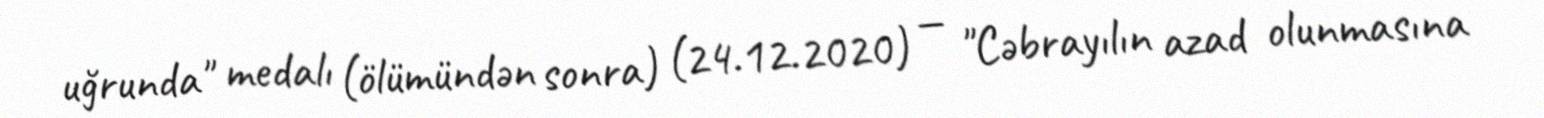
uğrunda" medalı (ölümündən sonra) (24.12.2020) — "Cəbrayılın azad olunmasına